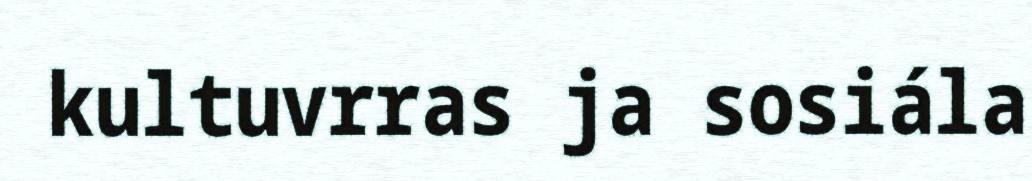
kultuvrras ja sosiála